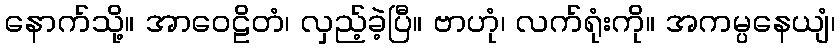
နောက်သို့။ အာဝေဠိတံ၊ လှည့်ခဲ့ပြီ။ ဗာဟုံ၊ လက်ရုံးကို။ အကမ္ပနေယျံ၊